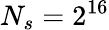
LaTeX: N_{s}=2^{16}